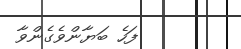
ފަހެ ބަޔާންވެގެންވާ